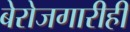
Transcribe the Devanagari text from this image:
बेरोजगारीही